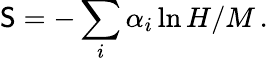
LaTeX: {\mathsf S}=-\sum_{i}\alpha_{i}\ln H/M\, .